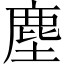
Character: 塵